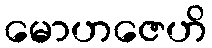
မောဟဇေဟိ